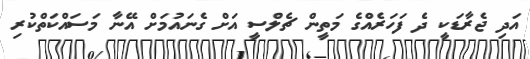
އަދި ޖެރާޑަކީ ދެ ފަހަރެއްގެ މަތީން ޗެލްސީ އަށް ގެނައުމަށް އޭނާ މަސައްކަތްކުރި